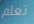
تعلم